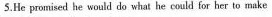
5.He promised he would do what he could for her to make